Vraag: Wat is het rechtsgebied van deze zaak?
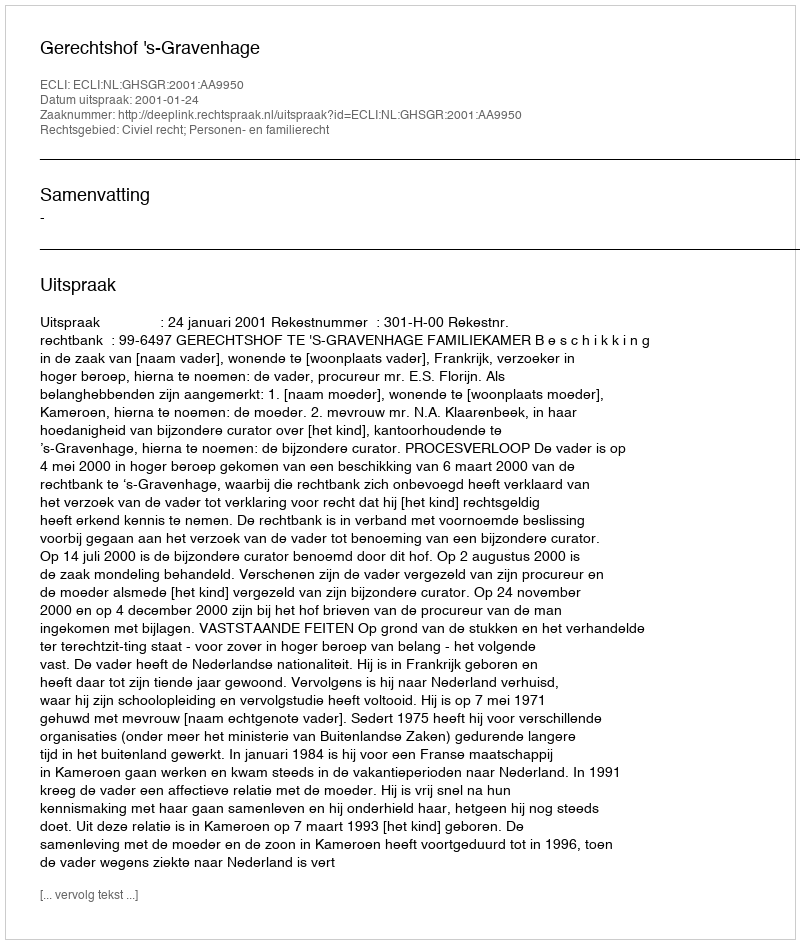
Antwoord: Civiel recht; Personen- en familierecht